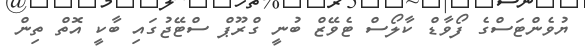
ޔުވެންޓަސްގެ ފޯވާޑް ކާލޯސް ޓެވޭޒް ބުނީ ގްރޫޕް ސްޓޭޖުގައި ބާކީ އޮތް ތިން